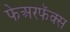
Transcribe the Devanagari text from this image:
फेअरफॅक्स